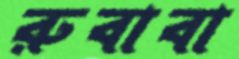
রুবাবা